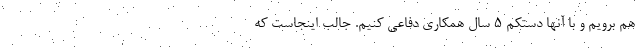
هم برویم و با آنها دستکم 5 سال همکاری دفاعی کنیم. جالب اینجاست که